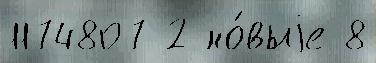
1174807 2 но́выjе 8